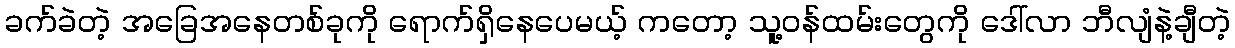
ခက်ခဲတဲ့ အခြေအနေတစ်ခုကို ရောက်ရှိနေပေမယ့် ကတော့ သူ့ဝန်ထမ်းတွေကို ဒေါ်လာ ဘီလျံနဲ့ချီတဲ့